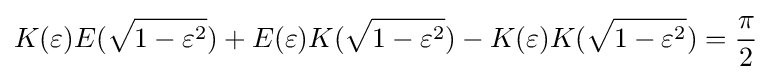
K(\varepsilon )E({\sqrt {1-\varepsilon ^{2}}})+E(\varepsilon )K({\sqrt {1-\varepsilon ^{2}}})-K(\varepsilon )K({\sqrt {1-\varepsilon ^{2}}})={\frac {\pi }{2}}